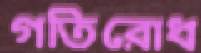
গতিরোধ